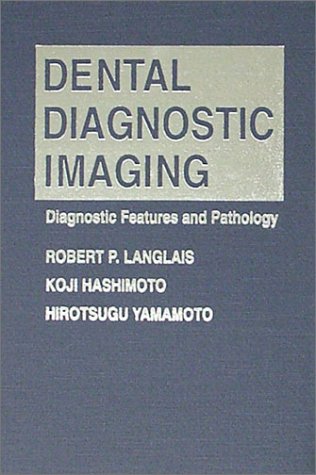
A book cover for Dental Diagnostic Imaging: Diagnostic Features and Pathology; Robert P. Langlais; Medical Books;